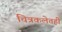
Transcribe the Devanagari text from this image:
चित्रकलेतही